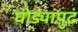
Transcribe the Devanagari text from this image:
घोड्यांपुढं